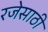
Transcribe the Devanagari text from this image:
रजेसाठी